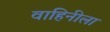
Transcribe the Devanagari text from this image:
वाहिनीला